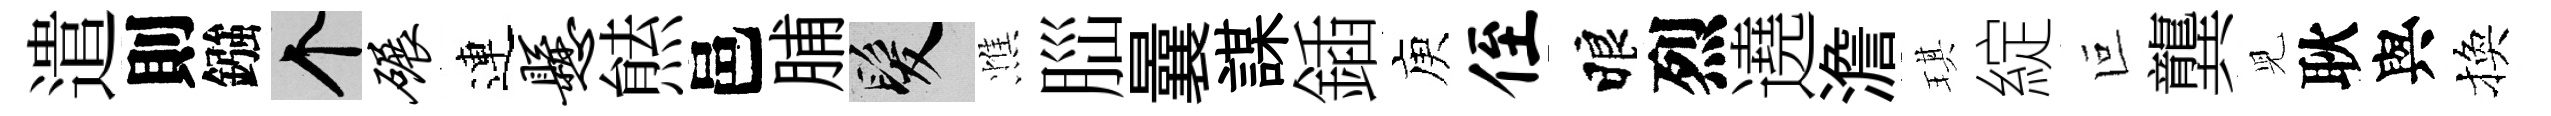
遣則鏹个碾連悬㷱邑脯髮憔𦛁曩謀鍤庾侄睱烈遶澹琪綻叵龔児耿與換